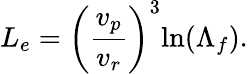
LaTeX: L_{e}=\left(\frac{v_{p}}{v_{r}}\right)^{3}\mathrm{ln}(\Lambda_{f}).